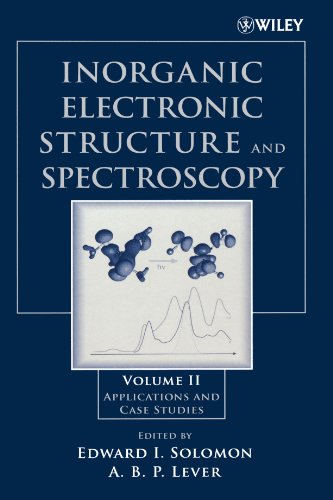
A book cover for Inorganic Electronic Structure and Spectroscopy: Applications and Case Studies; Edward I. Solomon; Science & Math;